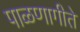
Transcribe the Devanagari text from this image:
पाळणागीते